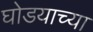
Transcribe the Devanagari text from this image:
घोडयाच्या